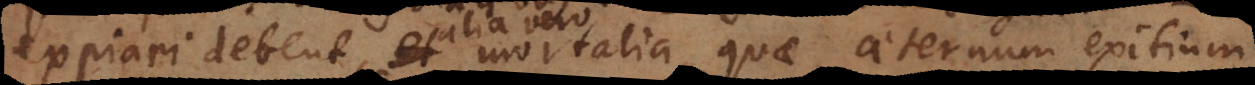
expiari debent, alia vero mortalia, quae aeternum exitium